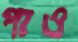
পাও